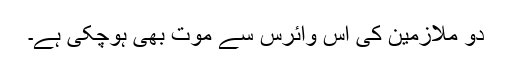
دو ملازمین کی اس وائرس سے موت بھی ہوچکی ہے۔